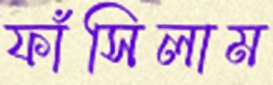
ফাঁসিলাম